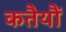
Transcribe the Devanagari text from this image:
कतैयौं